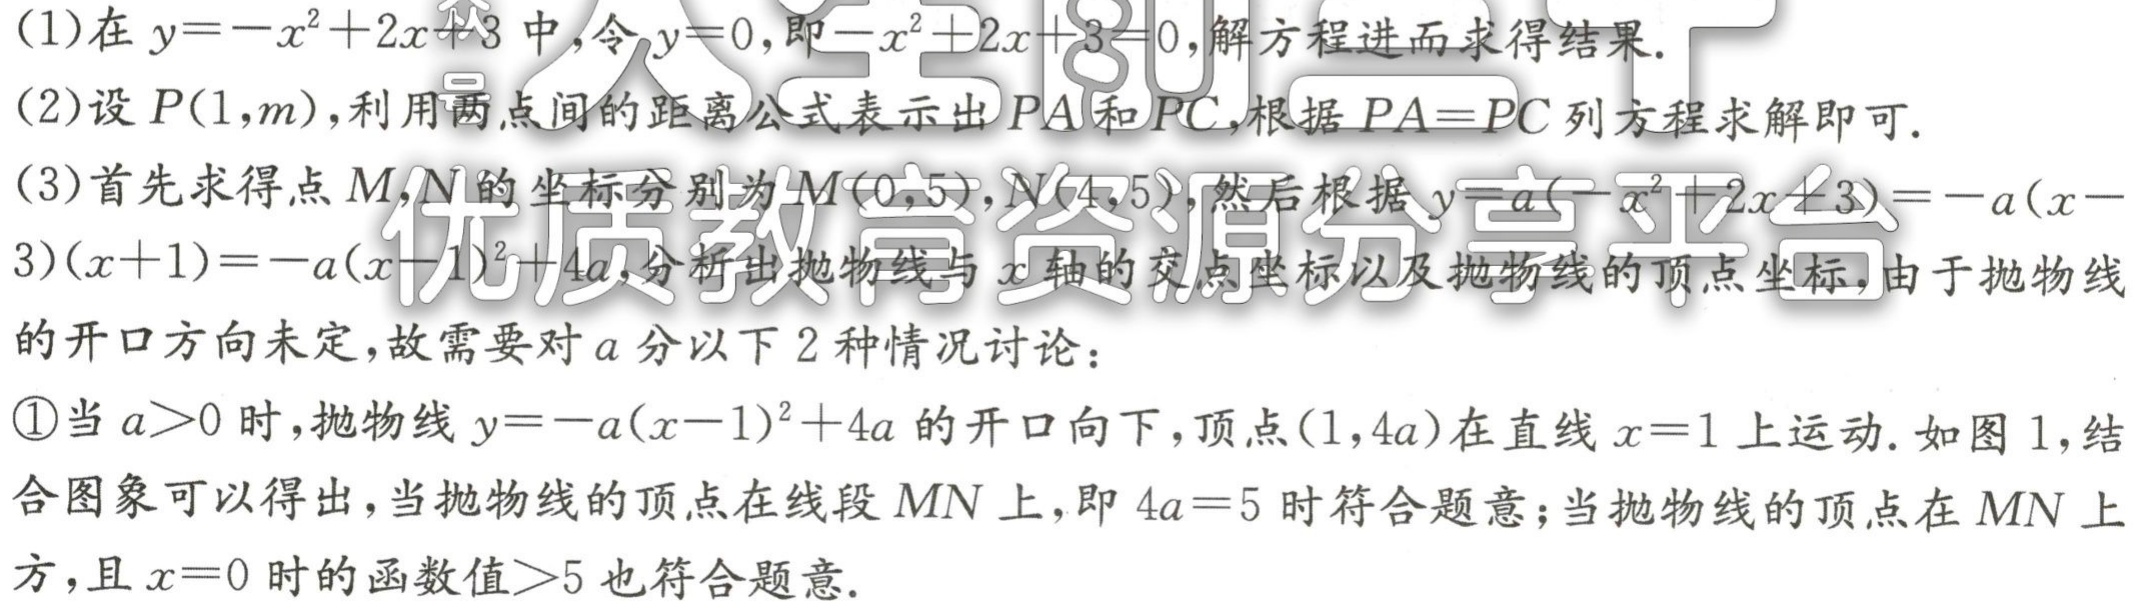
(1)在\(y = -x^{2}+2x + 3\)中，令\(y = 0\)，即\(-x^{2}+2x + 3 = 0\)，解方程进而求得结果.

(2)设\(P(1,m)\)，利用两点间的距离公式表示出\(PA\)和\(PC\)，根据\(PA = PC\)列方程求解即可.

(3)首先求得点\(M\)，\(N\)的坐标分别为\(M(0,5)\)，\(N(4,5)\)，然后根据\(y=a(-x^{2}+2x + 3)=-a(x - 3)(x + 1)=-a(x - 1)^{2}+4a\)，分析出抛物线与\(x\)轴的交点坐标以及抛物线的顶点坐标，由于抛物线的开口方向未定，故需要对\(a\)分以下\(2\)种情况讨论：

\textcircled{1}当\(a>0\)时，抛物线\(y=-a(x - 1)^{2}+4a\)的开口向下，顶点\((1,4a)\)在直线\(x = 1\)上运动. 如图1，结合图象可以得出，当抛物线的顶点在线段\(MN\)上，即\(4a = 5\)时符合题意；当抛物线的顶点在\(MN\)上方，且\(x = 0\)时的函数值\(>5\)也符合题意.